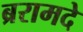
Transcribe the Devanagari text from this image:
ब्ररामदे